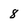
Character: 8